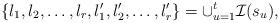
LaTeX: \begin{align*}\{l_1,l_2,\dots,l_r,l_1',l_2',\dots,l_r'\} = \cup_{u=1}^t \mathcal I(s_u),\end{align*}